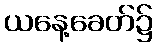
ယနေ့ခေတ်၌